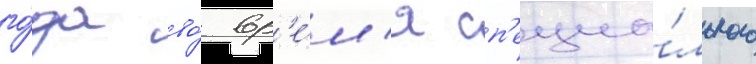
го́да во́ вр'е́м'я сп'ециа́льного